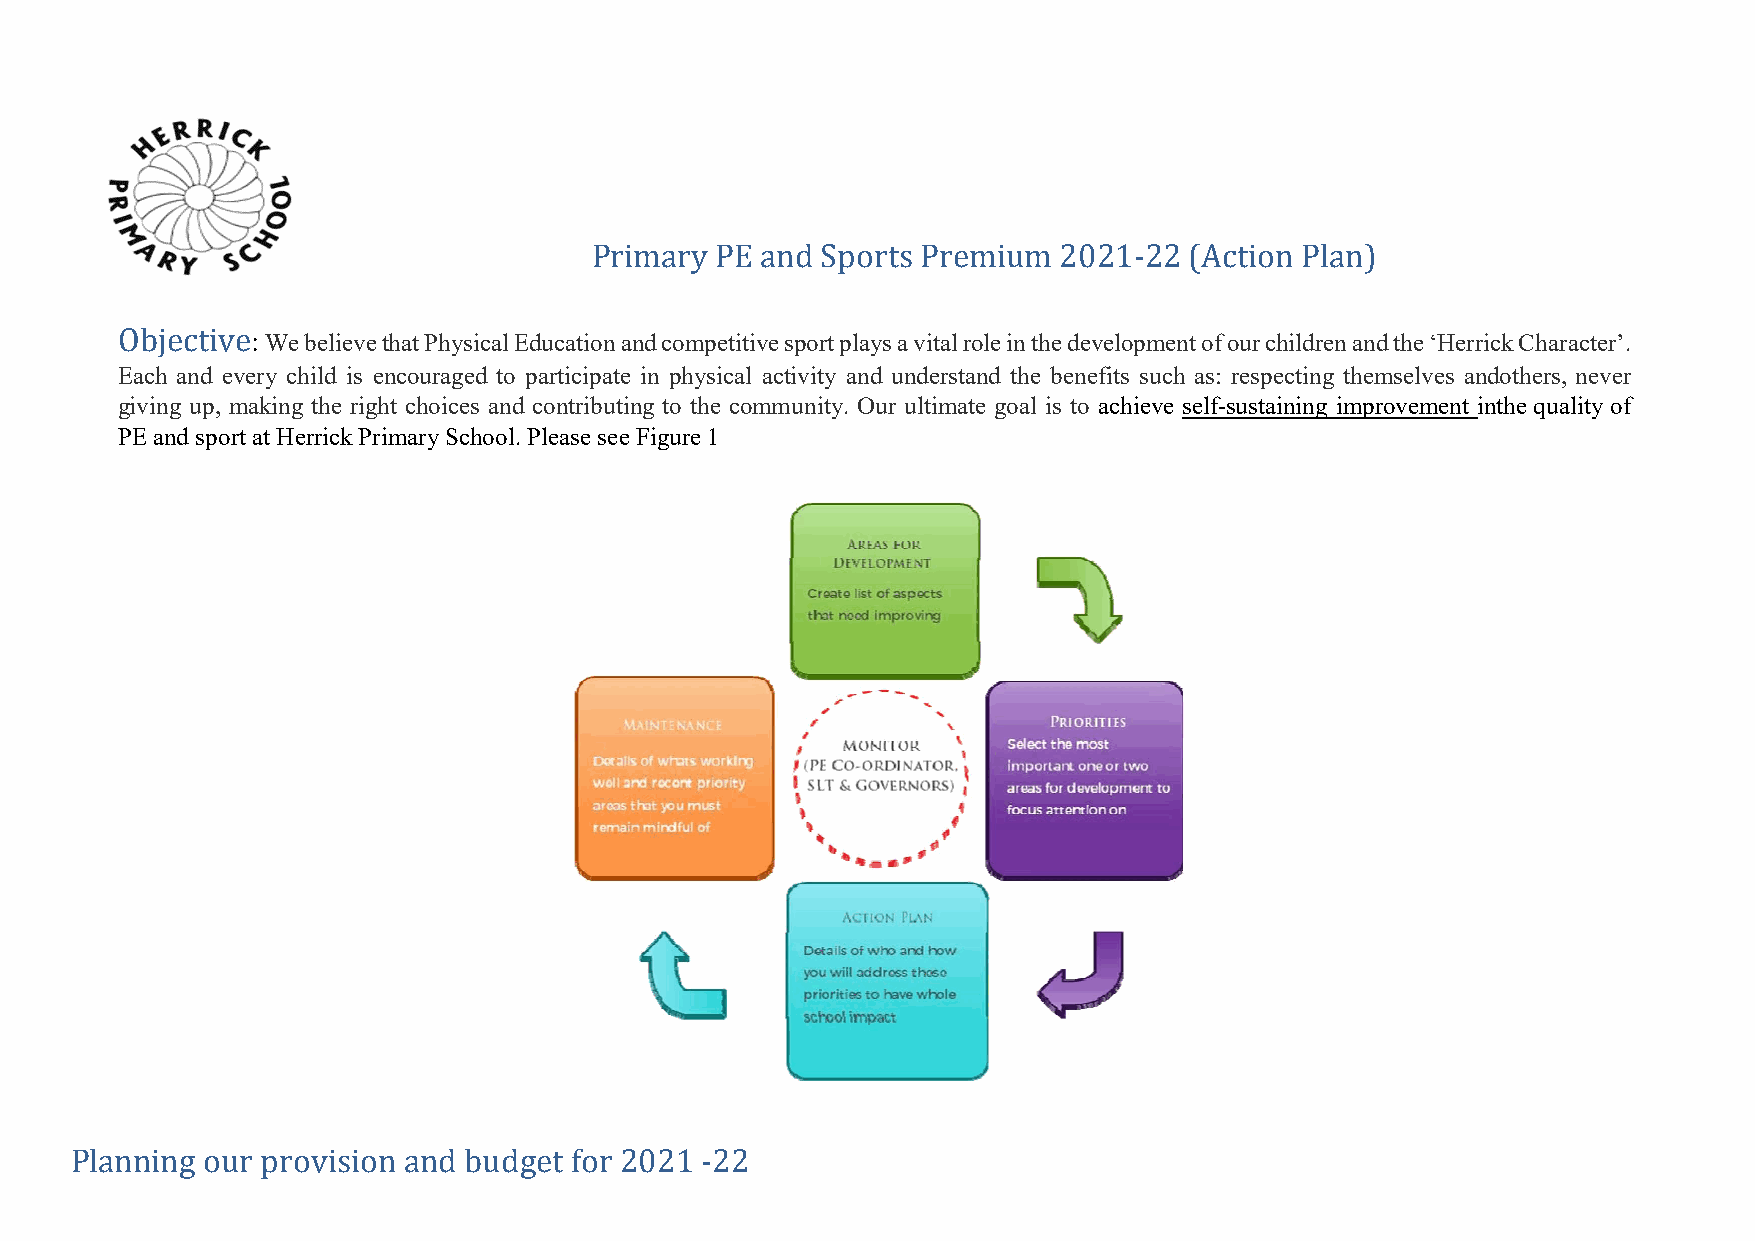
Primary PE and Sports Premium  2021-22  (Action Plan)
 Objective:
 We believe that Physical Education and competitive sport plays a vital role in the development of our children and the ‘Herrick Character’.
 Each and every child is encouraged to participate in physical activity and understand the benefits such as: respecting themselves and others, never
 giving up, making the right choices and contributing to the community. Our ultimate goal is to achieve self-sustaining improvement in the quality of
 PE and sport at Herrick Primary School. Please see Figure 1
 Planning our provision and budget for 2021 -22